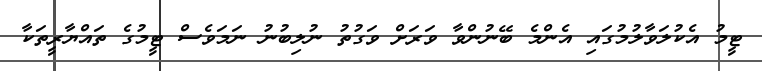
ޓީމު އެކުލަވާލުމުގައި އެންމެ ބޭނުންވާ ވަރަށް ވަގުތު ނުލިބުނު ނަމަވެސް ޓީމުގެ ތައްޔާރީތަކާ